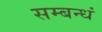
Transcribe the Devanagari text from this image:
सम्बन्धं